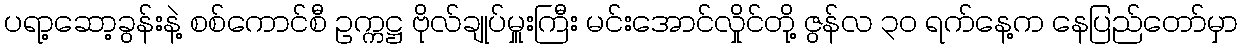
ပရာ့ဆော့ခွန်းနဲ့ စစ်ကောင်စီ ဥက္ကဋ္ဌ ဗိုလ်ချုပ်မှူးကြီး မင်းအောင်လှိုင်တို့ ဇွန်လ ၃၀ ရက်နေ့က နေပြည်တော်မှာ